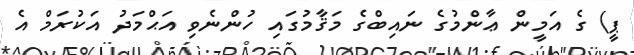
ޕީ) ގެ އަމީން ޢާންމުގެ ނައިބްގެ މަޤާމުގައި ހުންނެވި އަޙްމަދު އަކުރަމް އެ